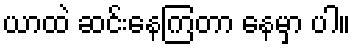
ယာထဲ ဆင်းနေကြတာ နေမှာ ပါ။